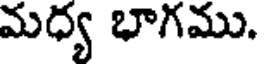
మధ్య భాగము.